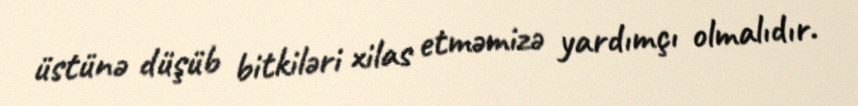
üstünə düşüb bitkiləri xilas etməmizə yardımçı olmalıdır.